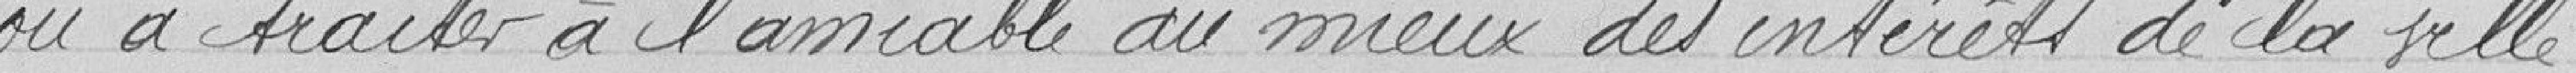
ou à traiter à l'amiable au mieux des intérêts de la ville.